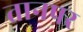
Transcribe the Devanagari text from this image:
तानपर